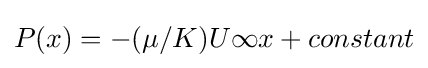
P(x)=-(\mu /K)U\infty x+constant